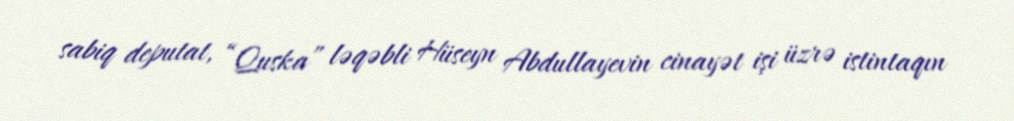
sabiq deputat, “Quska” ləqəbli Hüseyn Abdullayevin cinayət işi üzrə istintaqın